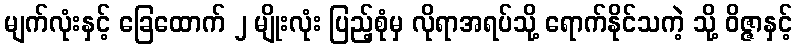
မျက်လုံးနှင့် ခြေထောက် ၂ မျိုးလုံး ပြည့်စုံမှ လိုရာအရပ်သို့ ရောက်နိုင်သကဲ့ သို့ ဝိဇ္ဇာနှင့်